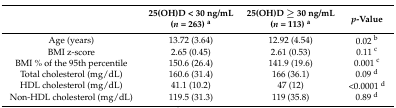
|  | 25(OH)D < 30 ng/mL (n = 263) a | 25(OH)D ≥ 30 ng/mL (n = 113) a | p-Value |
 | --- | --- | --- | --- |
 | Age (years) | 13.72 (3.64) | 12.92 (4.54) | 0.02 b |
 | BMI z-score | 2.65 (0.45) | 2.61 (0.53) | 0.11 c |
 | BMI % of the 95th percentile | 150.6 (26.4) | 141.9 (19.6) | 0.001 c |
 | Total cholesterol (mg/dL) | 160.6 (31.4) | 166 (36.1) | 0.09 d |
 | HDL cholesterol (mg/dL) | 41.1 (10.2) | 47 (12) | <0.0001 d |
 | Non-HDL cholesterol (mg/dL) | 119.5 (31.3) | 119 (35.8) | 0.89 d |